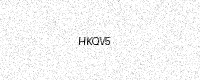
Text: HKQV5